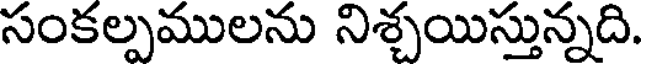
సంకల్పములను నిశ్చయిస్తున్నది.